Scientific memoirs by medical officers of the Army of India - Part III,
Year: 1887
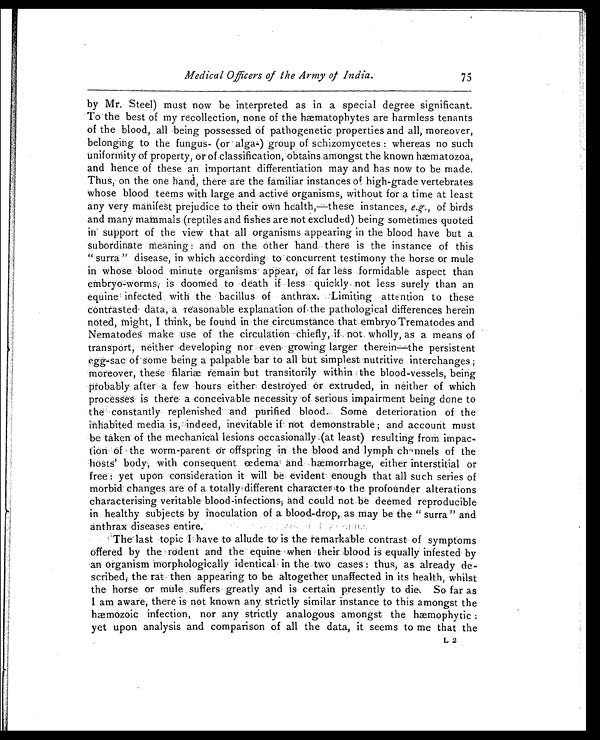
Medical Officers of the Army of India.
by Mr. Steel) must now be interpreted as in a special degree significant.
To the best of my recollection, none of the hmatophytes are harmless tenants
of the blood, all being possessed Of pathogenetic properties and all, moreover,
belonging to the fungus- (or alga-) group of schizomycetes : whereas no such
uniformity of property, or of classification, obtains amongst the known haæmatozoa,
and hence of these an important differentiation -may and has now to be made.
Thus, on the one hand, there are the familiar instances of high-grade vertebrates
whose blood teems with large and active organisms, without for a time at least
any very manifest prejudice to their own health, —these instances, e.g., of birds
and many mammals (reptiles and fishes are not excluded) being sometimes quoted
in. support of the view that all organisms appearing in the blood have but a
subordinate Meaning : and on the Other hand there is the instance of this
" surra " disease, in which according to concurrent testimony the horse or mule
in whose blood minute organisms . appear; of far less formidable aspect than
embryo-worms; is doomed to death if less quickly not less surely than an
equine infected with the bacillus of anthrax. Limiting attention to these
contrasted data, a reasonable explanation of the pathological differences herein
noted, ml i g h t , I
t h i n k , b e
f o u n d
i n - t h e c i r c u m s t n c e t h a t . e m b r y o T r e m a t o d e s a n d
Nematodes make use of the circulation chiefly, if no wholly, as a means of
transport, neither developing nor even growing larger therein—the persistent
egg-sac of some being a palpable bar to all but simplest nutritive interchanges ;
mor e ove r , t he s e f i l a r i æ r e ma i n but t r a ns i t or i l y wi t hi n t he bl ood- ve s s e l s , be i ng
probably after a few hours either destroyed Or extruded, in neither of which
processes is there a conceivable necessity of serious impairment being done to
the constantly replenished and purified blood. Some deterioration of the
inhabited media is, indeed, inevitable if not demonstrable ; and account must
be taken of the mechanical lesions occasionally (at least) resulting from impac-
tion Of the worm-parent Or offspring in the blood and lymph channels of the
hosts' body, with consequent œdema and hæmorrhage, either interstitial or
free: yet upon consideration it will be evident enough that all such series of
morbid changes are of a totally different character to the profounder alterations
characterising veritable blood-infections; and could not lie deemed reproducible
in healthy subjects by inoculation of a. blood-drop, as may be the " surra " and
anthrax diseases entire.
The last topic have to allude to is the remarkable contrast of symptoms
offered by the rodent and the equine when their blood is equally infested by
an organism Morphologically identical in the two cases : thus, as already de-
scribed; the rat-'then appearing to be altogether unaffected in its health, whilst
the horse or mule suffers greatly and is certain presently to die, So far as
I am aware, there is not known any strictly similar instance to this amongst the
h æ m o p h y t i c i n f e c t i o n , n o r a n y s t r i c t l y a n a l o g o u s a m o n g s t t h e h m o p h y t i c :
yet upon analysis and comparison of all the data, it seems to me that the
75
L 2